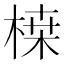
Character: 𭪷